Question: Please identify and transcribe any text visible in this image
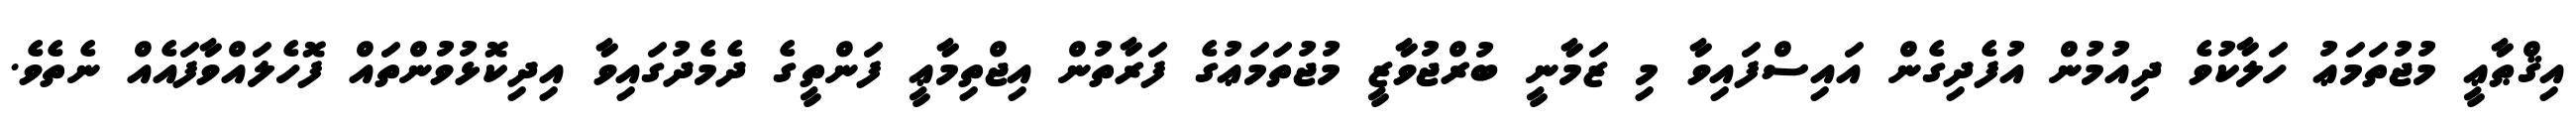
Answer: އިޤްޠާޢީ މުޖުތަމަޢު ހަލާކުވެ ދިއުމުން އުފެދިގެން އައިސްފައިވާ މި ޒަމާނީ ބުރްޖުވާޒީ މުޖުތަމަޢުގެ ފަރާތުން އިޖްތިމާޢީ ފަންތީގެ ދެމެދުގައިވާ އިދިކޮޅުވުންތައް ފޮހެލައްވާފައެއް ނެތެވެ.